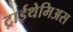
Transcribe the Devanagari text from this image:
ट्राईथेमिअस